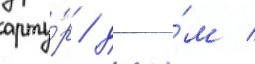
арту́р / джи́м /